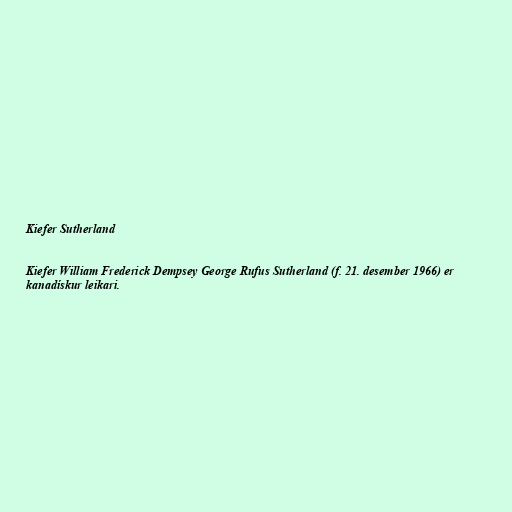
Kiefer Sutherland

Kiefer William Frederick Dempsey George Rufus Sutherland (f. 21. desember 1966) er
kanadískur leikari.